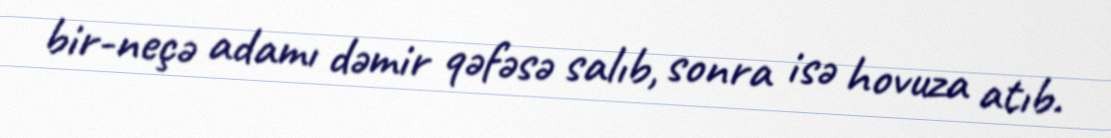
bir-neçə adamı dəmir qəfəsə salıb, sonra isə hovuza atıb.